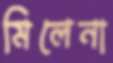
মিলেনা